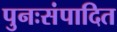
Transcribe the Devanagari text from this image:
पुनःसंपादित